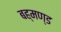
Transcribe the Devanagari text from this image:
बह्मण्ड